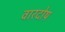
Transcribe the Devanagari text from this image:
वारदोष